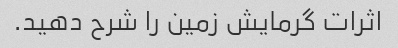
اثرات گرمایش زمین را شرح دهید.